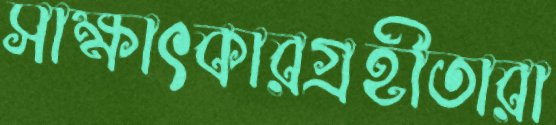
সাক্ষাৎকারগ্রহীতারা